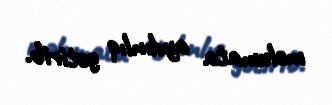
məlumata aydınlıq gətirib.